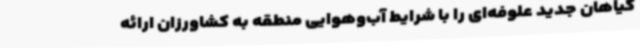
گیاهان جدید علوفه‌ای را با شرایط آب‌وهوایی منطقه به کشاورزان ارائه